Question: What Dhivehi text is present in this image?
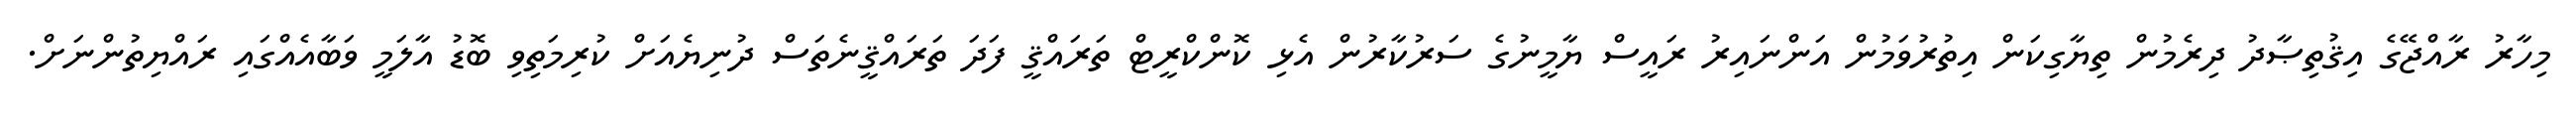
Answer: މިހާރު ރާއްޖޭގެ އިޤުތިޞާދު ދިރެމުން ތިޔާގިކަން އިތުރުވަމުން އަންނައިރު ރައީސް ޔާމީނުގެ ސަރުކާރުން އެޅި ކޮންކްރީޓް ތަރައްޤީ ފަދަ ތަރައްޤީނެތަސް ދުނިޔެއަށް ކުރިމަތިވި ބޮޑު އާލަމީ ވަބާއެއްގައި ރައްޔިތުންނަށް.